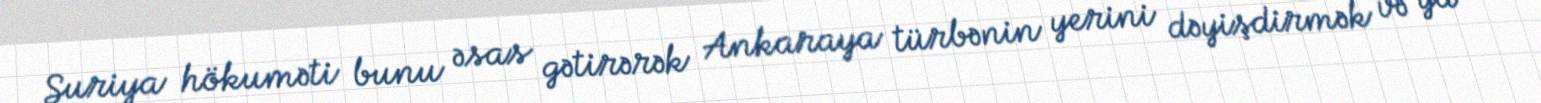
Suriya hökuməti bunu əsas gətirərək Ankaraya türbənin yerini dəyişdirmək və ya